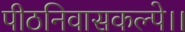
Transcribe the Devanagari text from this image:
पीठनिवासकल्पे।।